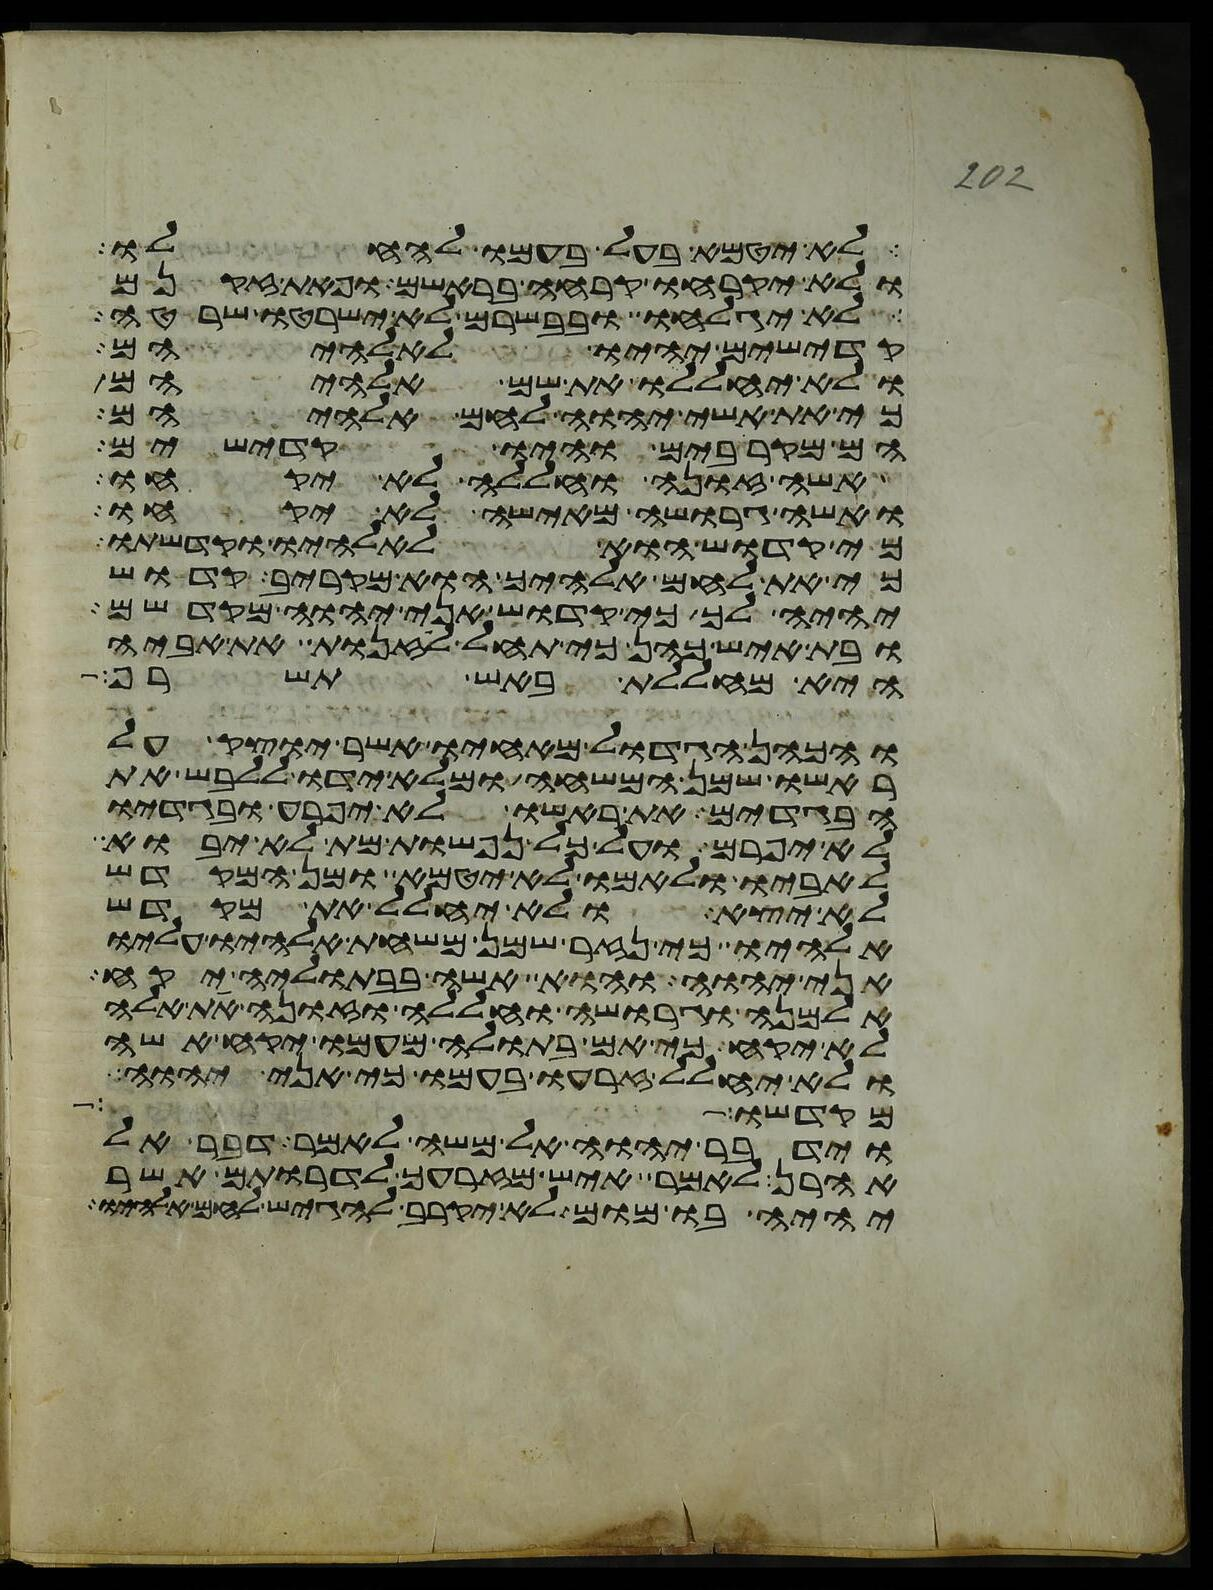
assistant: לא יטמא בעל בעמו להחלו
ולא יקרחו קרחה בראשם ופאת זקנם
לא יגלחו ובבשרם לא ישרטו שרטה
קדישים יהיו לאלהיהם
ולא יחללו את שם אלהיהם
כי את אשי יהוה לחם אלהיהם
הם מקרבים והיו קדישים
אשה זונה וחללה לא יקחו
ואשה גרושה מאישה לא יקחו
כי קדוש הוא לאלהיו וקדשתו
כי את לחם אלהיך הוא מקריב קדוש
יהיה לך כי קדוש אני יהוה מקדשם
ובת איש כהן כי תחל לזנות את אביה
היא מחללת באש תשרף
והכהן הגדול מאחיו אשר יוצק על
ראשו שמן המשחה ומלא ידו ללבש את
הבגדים את ראשו לא יפרע ובגדיו
לא יפרם ועל כל נפשות מת לא יבוא
לאביו ולאמו לא יטמא ומן המקדש
לא יצא ולא יחלל את מקדש
אלהיו כי נזר שמן משחת אלהיו עליו
אני יהוה והוא אשה בבתוליה יקח
אלמנה וגרושה וחללה וזונה את אלה
לא יקח כי אם בתולה מעמו יקח אשה
ולא יחלל זרעו בעמו כי אני יהוה
מקדשו
וידבר יהוה אל משה לאמר דבר אל
אהרן לאמר איש מזרעך לדרותם אשר
יהיה בו מום לא יקרב להגיש לחם אלהיו